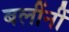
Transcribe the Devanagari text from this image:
बलींनीं